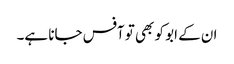
ان کے ابو کو بھی تو آفس جانا ہے۔